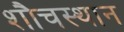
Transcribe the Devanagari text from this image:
शौचस्थान